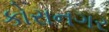
કોરાનગર